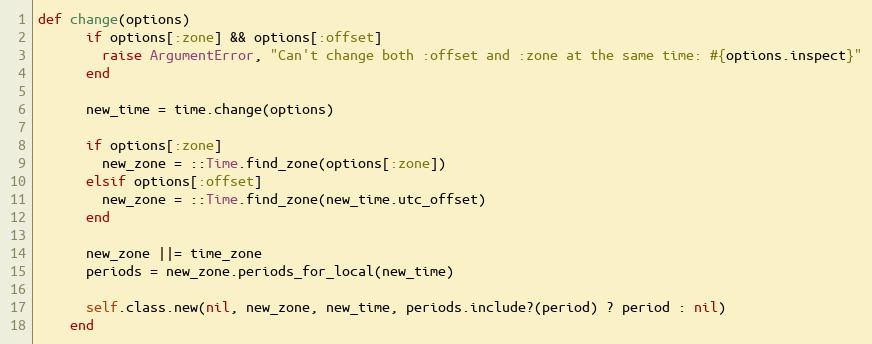
Language: Ruby
def change(options)
      if options[:zone] && options[:offset]
        raise ArgumentError, "Can't change both :offset and :zone at the same time: #{options.inspect}"
      end

      new_time = time.change(options)

      if options[:zone]
        new_zone = ::Time.find_zone(options[:zone])
      elsif options[:offset]
        new_zone = ::Time.find_zone(new_time.utc_offset)
      end

      new_zone ||= time_zone
      periods = new_zone.periods_for_local(new_time)

      self.class.new(nil, new_zone, new_time, periods.include?(period) ? period : nil)
    end